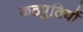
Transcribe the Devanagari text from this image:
कठपुतियों